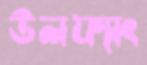
উলফ্যাং